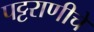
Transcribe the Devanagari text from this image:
पट्टराणीचे